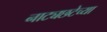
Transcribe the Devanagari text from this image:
नाट्यछटेच्या